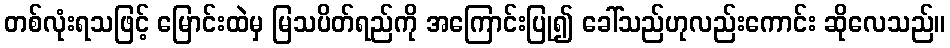
တစ်လုံးရသဖြင့် မြောင်းထဲမှ မြသပိတ်ရည်ကို အကြောင်းပြု၍ ခေါ်သည်ဟုလည်းကောင်း ဆိုလေသည်။